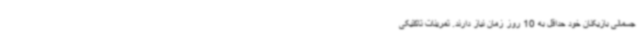
جسمانی بازیکنان خود حداقل به 10 روز زمان نیاز دارند. تمرینات تاکتیکی